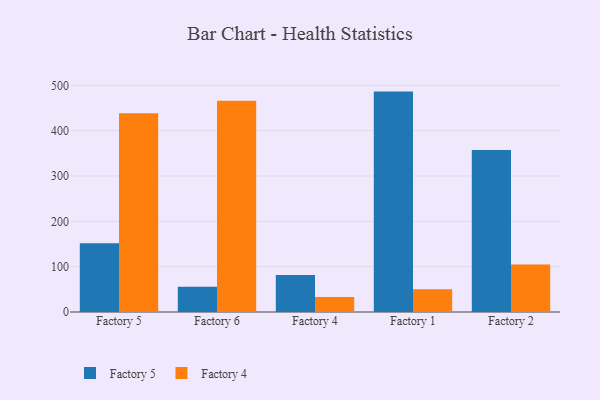
{"axis": {"x": "Factory", "y": "Energy Usage (MWh)"}, "legend": ["Factory 4", "Factory 5"], "data": [{"x": "Factory 5", "y": 151.7, "type": "Factory 5"}, {"x": "Factory 5", "y": 438.4, "type": "Factory 4"}, {"x": "Factory 6", "y": 55.7, "type": "Factory 5"}, {"x": "Factory 6", "y": 466.0, "type": "Factory 4"}, {"x": "Factory 4", "y": 81.8, "type": "Factory 5"}, {"x": "Factory 4", "y": 33.2, "type": "Factory 4"}, {"x": "Factory 1", "y": 486.1, "type": "Factory 5"}, {"x": "Factory 1", "y": 50.4, "type": "Factory 4"}, {"x": "Factory 2", "y": 357.1, "type": "Factory 5"}, {"x": "Factory 2", "y": 104.9, "type": "Factory 4"}]}